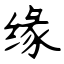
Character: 缘